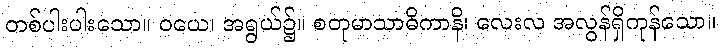
တစ်ပါးပါးသော။ ဝယေ၊ အရွယ်၌။ စတုမာသာဓိကာနိ၊ လေးလ အလွန်ရှိကုန်သော။